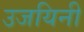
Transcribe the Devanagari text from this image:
उजयिनी